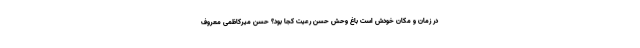
در زمان و مکان خودش است باغ وحش حسن رعیت کجا بود؟ حسن میرکاظمی معروف